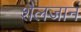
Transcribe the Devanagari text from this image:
शैलजानं